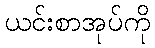
ယင်းစာအုပ်ကို